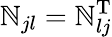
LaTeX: \mathbb{N}_{jl}=\mathbb{N}_{lj}^{\mathrm{{T}}}